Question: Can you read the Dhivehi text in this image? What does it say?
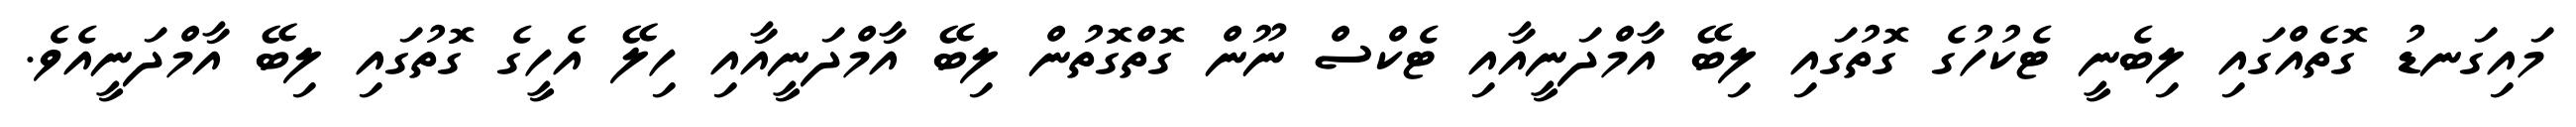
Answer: މައިގަނޑު ގޮތެއްގައި ލިބެނީ ޓެކުހުގެ ގޮތުގައި ލިބޭ އާމްދަނީއާއި ޓެކްސް ނޫން ގޮތްގޮތުން ލިބޭ އާމްދަނީއާއި ހިލޭ އެހީގެ ގޮތުގައި ލިބޭ އާމްދަނީއެވެ.